Eesti_Vabariigi_Tartu_Ulikool, lk 40
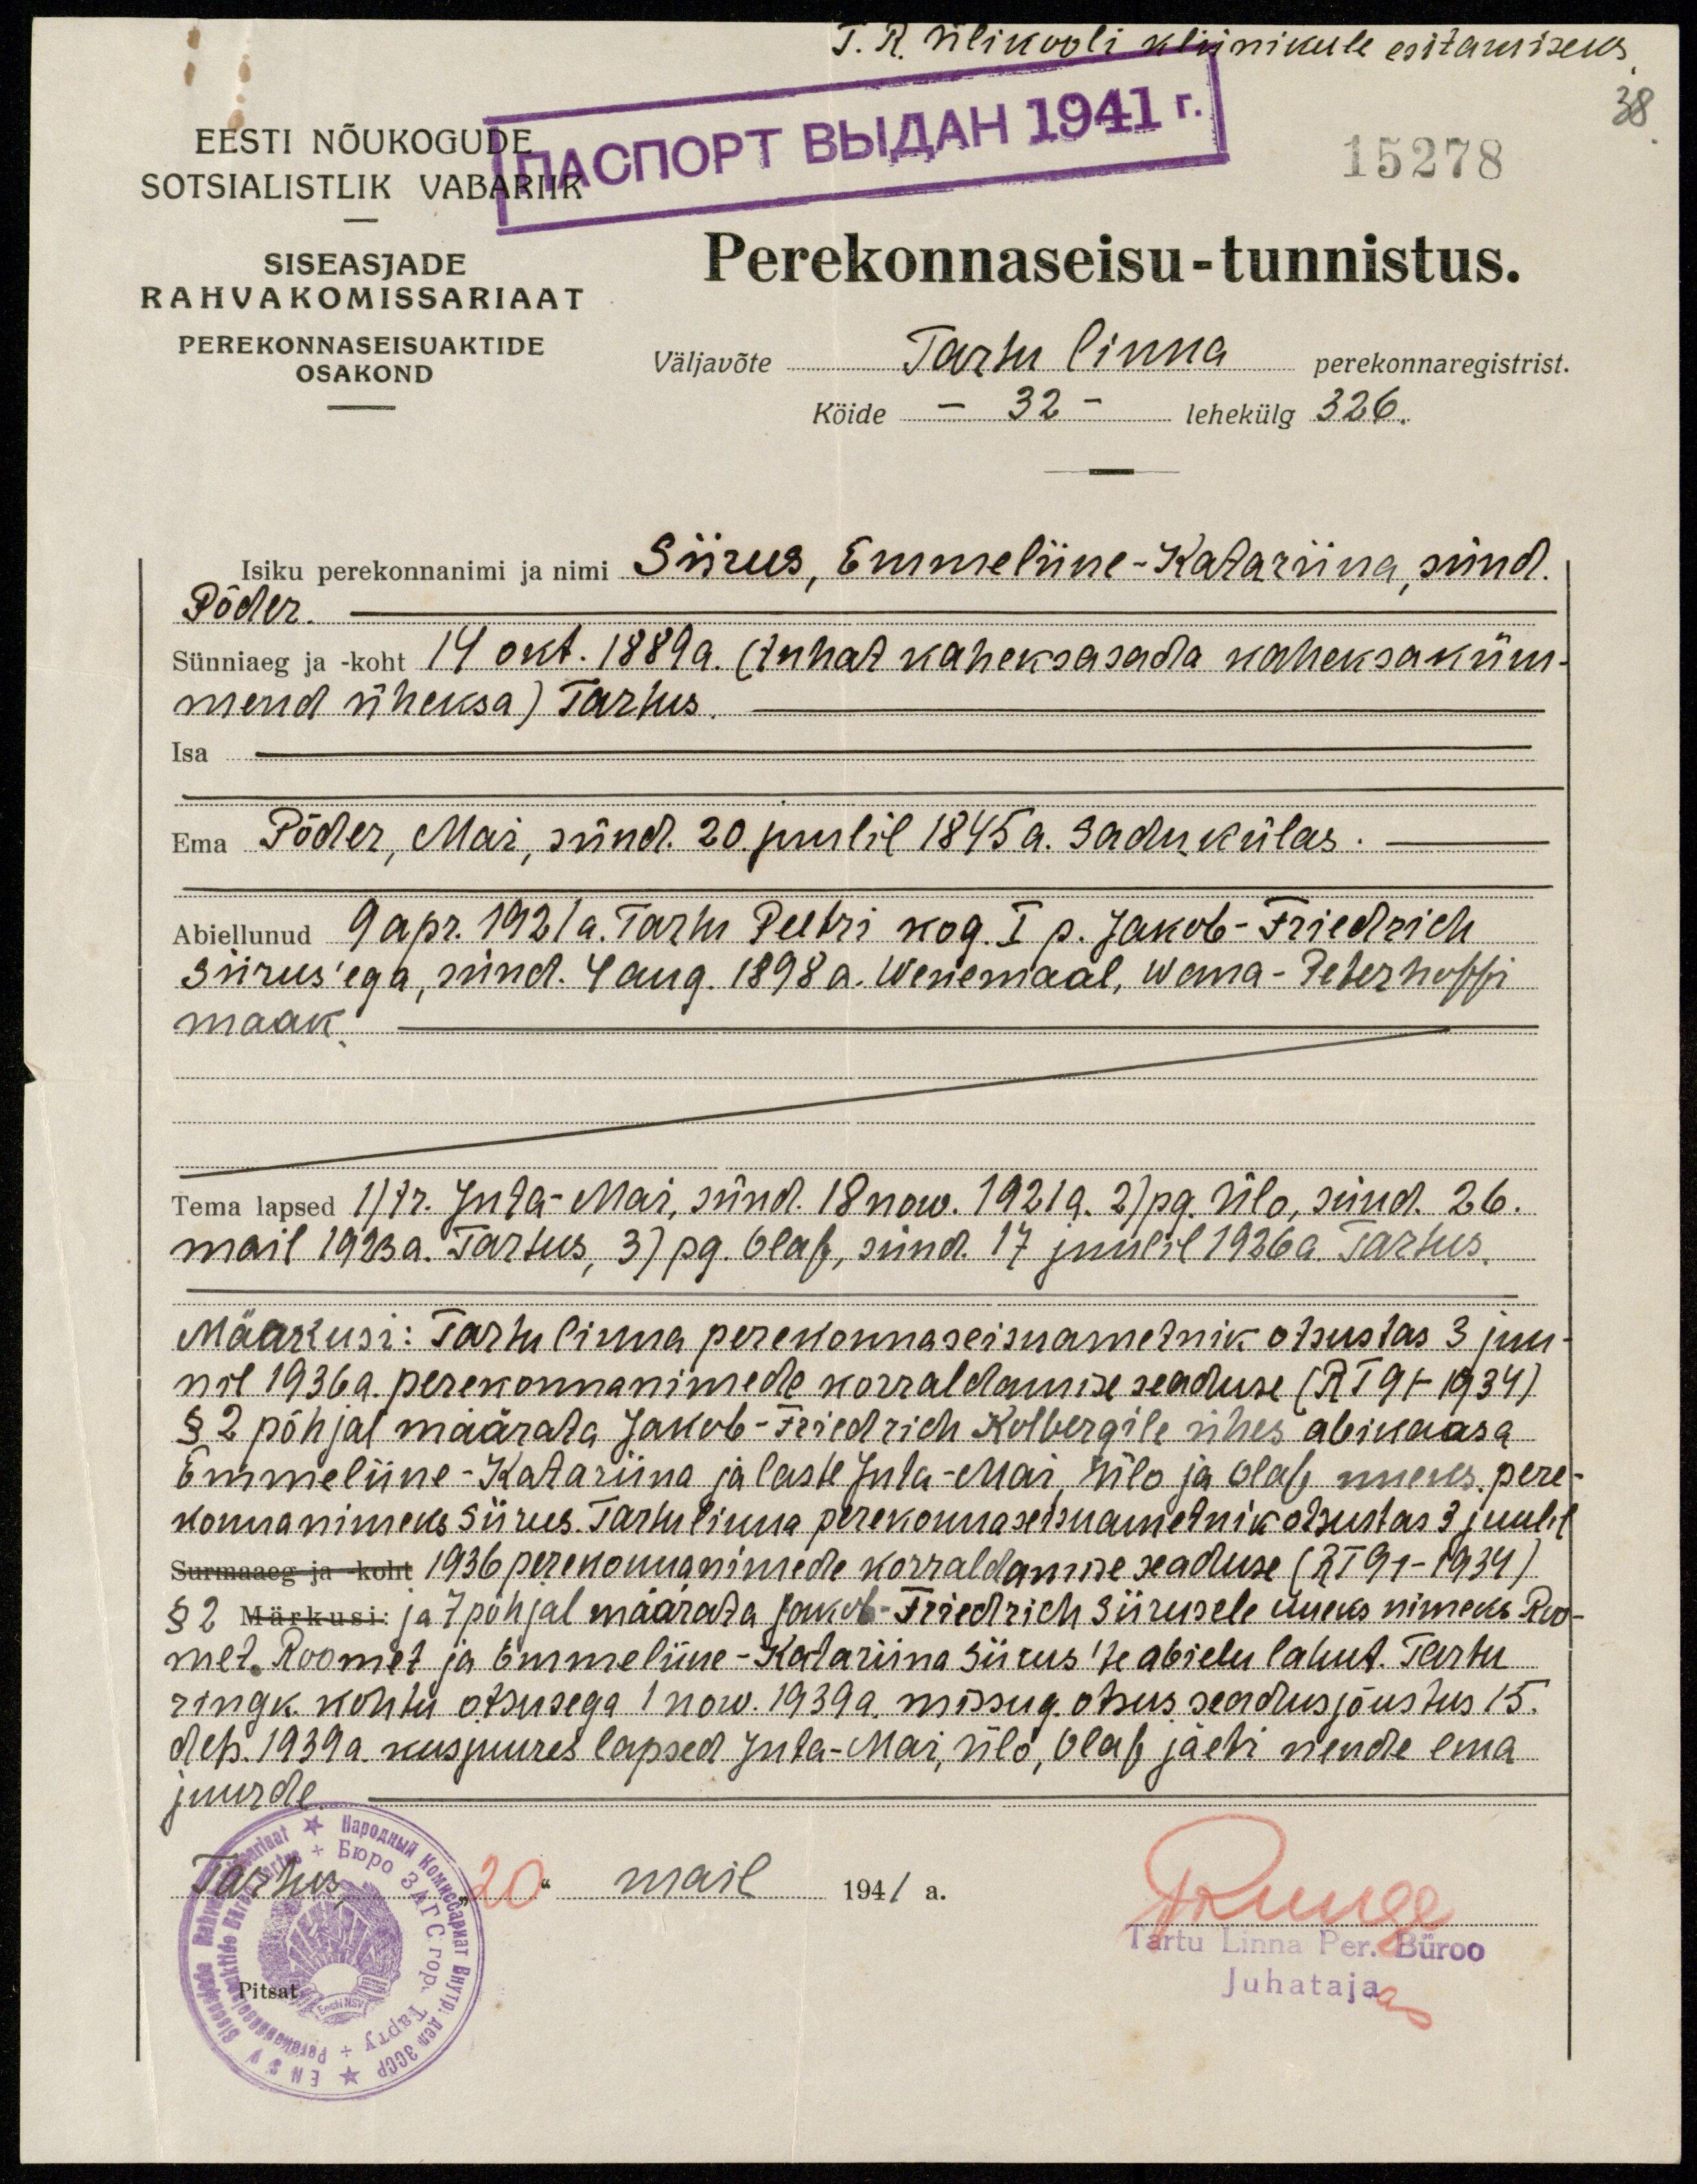
T. R. Ülikooli kliinikule esitamiseks
38
15278
EESTI NÕUKOGUDE
SOTSIALISTLIK VABARIIK
SISEASJADE
RAHVAKOMISSARIAAT
PEREKONNASEISUAKTIDE
OSAKOND
Perekonnaseisu-tunnistus.
väljavõte Tartu linna perekonnaregistrist.
Köide - 32 - lehekülg 326.
Isiku perekonnanimi ja nimi Siirus, Emmeliine-Katariina, sünd.
Põder
Sünniaeg ja koht 14 okt. 1889a. (tuhat kaheksasada kaheksaküm-
mend üheksa) Tartus.
Isa
Põder, Mari, sünd. 20. juulil 1845 a. Sadu külas.
Abiellunud 9 apr. 1921a. Tartu Peetri kog. I p. Jakob-Friedrich
Siirusega, sünd. 4 aug. 1898 a. Wenemaal, Wana-Peterhoffi
maak.
Tema lapsed ) tr. Juta-Mai, sünd. 18 now. 1921 a. 2) pg. Ülo, sünd. 26.
mail 1923 a. Tartus, 3) pg. Olaf, sünd. 17 juulil 1926 a. Tartus,
Märkusi: Tartu linna perekonnaseisuametnik otsustas 3 juu-
nil 1936. a. perekonnanimede korraldamise seaduse (RT 91-1934).
§ 2 põhjal määrata Jakob-Friedrich Kolbergile ühes abikaasa
Emmeliine-Katariina ja laste Juta-Mai, Ülo ja Olaf uueks pere-
konnanimeks Siirus. Tartu linna perekonnaseisuametnik otsustas 3 juulil
Surmaaeg ja koht 1936 perekonnanimede korraldamine seaduse (RT 91-1934).
§ 2 Märkusi: ja 7 põhjal määrada Jakob-Friedrich Siirusele uueks nimeks Roo-
met. Roomet ja Emmeliine-Katariina siirus' te abielu lahut. Tartu
ringk. kohtu otsusega 1 now. 1939 a. missug. otsus seadus jõustus 15.
dets 1939.a. kusjuures lapsed Juta-Mai, Ülo, Olaf jäeti nende ema
juurde
Tartus, "20" mail 1941 a.
J Ruuge
Tartu Linna Per. Büroo
Juhataja